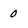
Character: 0